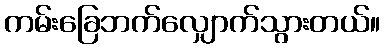
ကမ်းခြေဘက်လျှောက်သွားတယ်။